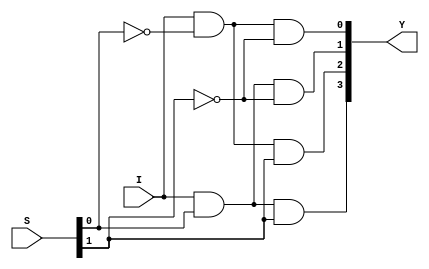
//demux1to4 data flow design
module demux1to4d(I,S,Y);
output [3:0] Y;
input I;
input [1:0] S;
wire S1b,S0b;
not(S1b,S[1]);
not(S0b,S[0]);
assign Y[0] = (I & S0b & S1b);
assign Y[1] = (I & S[0] & S1b);
assign Y[2] = (I & S0b & S[1]);
assign Y[3] = (I & S[0] & S[1]);
endmodule

//demux1to4 gate level design
module demux1to4g(I,S,Y);
output [3:0]Y;
input I;
input [1:0] S;
wire S1b,S0b;
not(S1b,S[1]);
not(S0b,S[0]);
and(Y[0],I,S0b,S1b);
and(Y[1],I,S0,S1b);
and(Y[2],I,S0b,S1);
and(Y[3],I,S0,S1);
endmodule